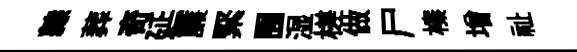
隷葬奇延簾緊囿湿槎做尸榛增祉